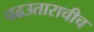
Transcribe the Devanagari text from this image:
चढउताराचीच